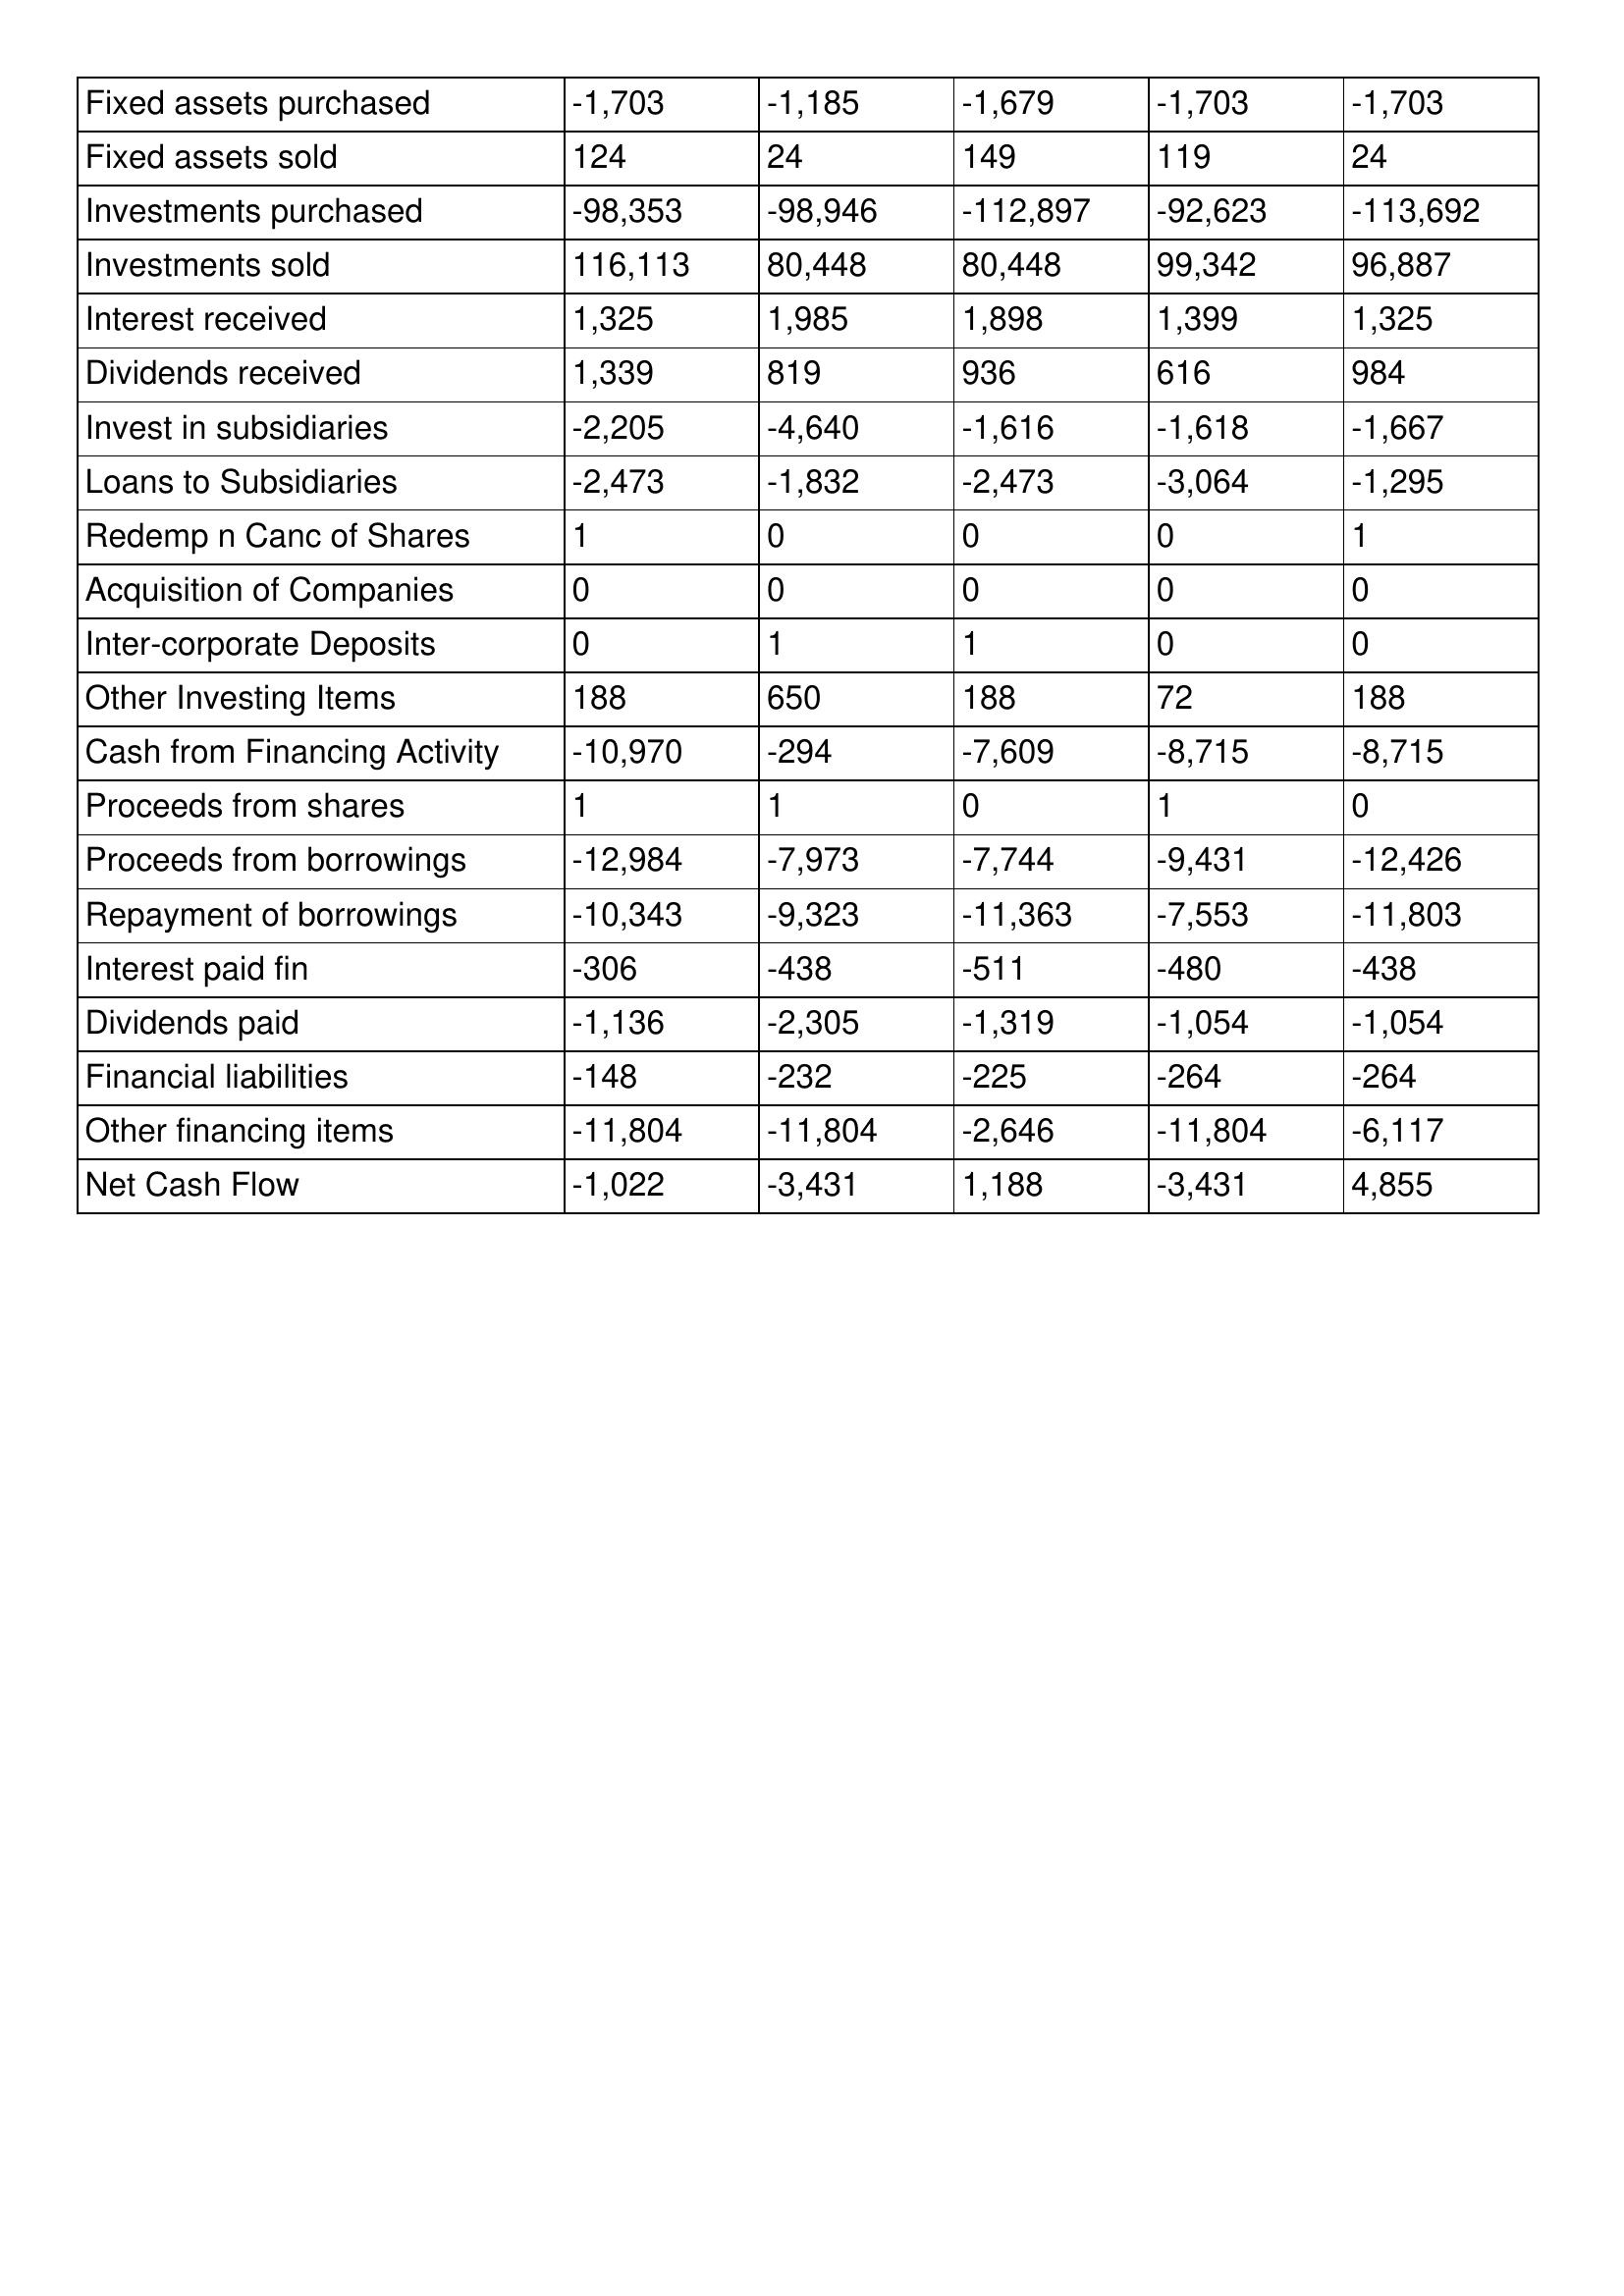
gt_parse: 2014: Cash Flows: Fixed assets purchased: -1,703
Fixed assets sold: 124
Investments purchased: -98,353
Investments sold: 116,113
Interest received: 1,325
Dividends received: 1,339
Invest in subsidiaries: -2,205
Loans to Subsidiaries: -2,473
Redemp n Canc of Shares: 1
Acquisition of Companies: 0
Inter-corporate Deposits: 0
Other Investing Items: 188
Cash from Financing Activity: -10,970
Proceeds from shares: 1
Proceeds from borrowings: -12,984
Repayment of borrowings: -10,343
Interest paid fin: -306
Dividends paid: -1,136
Financial liabilities: -148
Other financing items: -11,804
Net Cash Flow: -1,022
2013: Cash Flows: Fixed assets purchased: -1,185
Fixed assets sold: 24
Investments purchased: -98,946
Investments sold: 80,448
Interest received: 1,985
Dividends received: 819
Invest in subsidiaries: -4,640
Loans to Subsidiaries: -1,832
Redemp n Canc of Shares: 0
Acquisition of Companies: 0
Inter-corporate Deposits: 1
Other Investing Items: 650
Cash from Financing Activity: -294
Proceeds from shares: 1
Proceeds from borrowings: -7,973
Repayment of borrowings: -9,323
Interest paid fin: -438
Dividends paid: -2,305
Financial liabilities: -232
Other financing items: -11,804
Net Cash Flow: -3,431
2012: Cash Flows: Fixed assets purchased: -1,679
Fixed assets sold: 149
Investments purchased: -112,897
Investments sold: 80,448
Interest received: 1,898
Dividends received: 936
Invest in subsidiaries: -1,616
Loans to Subsidiaries: -2,473
Redemp n Canc of Shares: 0
Acquisition of Companies: 0
Inter-corporate Deposits: 1
Other Investing Items: 188
Cash from Financing Activity: -7,609
Proceeds from shares: 0
Proceeds from borrowings: -7,744
Repayment of borrowings: -11,363
Interest paid fin: -511
Dividends paid: -1,319
Financial liabilities: -225
Other financing items: -2,646
Net Cash Flow: 1,188
2011: Cash Flows: Fixed assets purchased: -1,703
Fixed assets sold: 119
Investments purchased: -92,623
Investments sold: 99,342
Interest received: 1,399
Dividends received: 616
Invest in subsidiaries: -1,618
Loans to Subsidiaries: -3,064
Redemp n Canc of Shares: 0
Acquisition of Companies: 0
Inter-corporate Deposits: 0
Other Investing Items: 72
Cash from Financing Activity: -8,715
Proceeds from shares: 1
Proceeds from borrowings: -9,431
Repayment of borrowings: -7,553
Interest paid fin: -480
Dividends paid: -1,054
Financial liabilities: -264
Other financing items: -11,804
Net Cash Flow: -3,431
2010: Cash Flows: Fixed assets purchased: -1,703
Fixed assets sold: 24
Investments purchased: -113,692
Investments sold: 96,887
Interest received: 1,325
Dividends received: 984
Invest in subsidiaries: -1,667
Loans to Subsidiaries: -1,295
Redemp n Canc of Shares: 1
Acquisition of Companies: 0
Inter-corporate Deposits: 0
Other Investing Items: 188
Cash from Financing Activity: -8,715
Proceeds from shares: 0
Proceeds from borrowings: -12,426
Repayment of borrowings: -11,803
Interest paid fin: -438
Dividends paid: -1,054
Financial liabilities: -264
Other financing items: -6,117
Net Cash Flow: 4,855